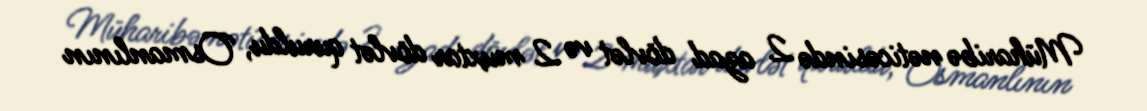
Müharibə nəticəsində 2 azad dövlət və 2 muxtar dövlət quruldu, Osmanlının